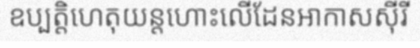
ឧប្បត្តិហេតុយន្តហោះលើដែនអាកាសស៊ីរី